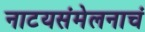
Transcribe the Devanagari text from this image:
नाटयसंमेलनाचं